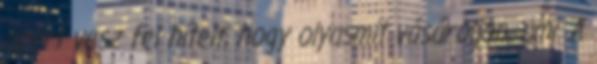
azért vesz fel hitelt, hogy olyasmit vásároljon, ami. A